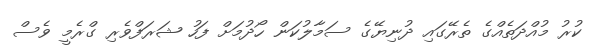
ކުރު މުއްދަތެއްގެ ތެރޭގައި ދުނިޔޭގެ ސަމާލުކަން ހޯދުމަށް ފަހު ޝަރަފްވެރި ގްރެމީ ވެސް